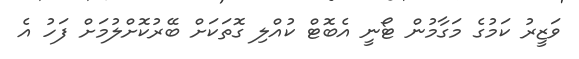
ވަޒީރު ކަމުގެ މަގާމުން ޓޯނީ އެބޮޓް ކުއްލި ގޮތަކަށް ބޭރުކޮށްލުމަށް ފަހު އެ